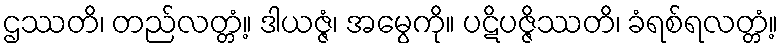
ဌဿတိ၊ တည်လတ္တံ့။ ဒါယဇ္ဇံ၊ အမွေကို။ ပဋိပဇ္ဇိဿတိ၊ ခံရစ်ရလတ္တံ့။